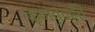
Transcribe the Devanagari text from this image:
कृण्वन्ति